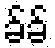
ခ်ခ်